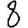
Digit: 8